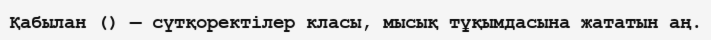
Қабылан () — сүтқоректілер класы, мысық тұқымдасына жататын аң.